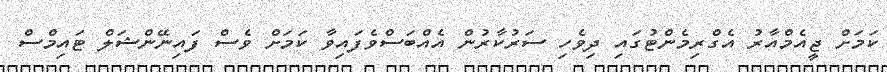
ކަމަށް ޖީއެމްއާރު އެގްރިމެންޓުގައި ދިވެހި ސަރުކާރުން އެއްބަސްވެފައިވާ ކަމަށް ވެސް ފައިނޭންޝަލް ޓައިމްސް